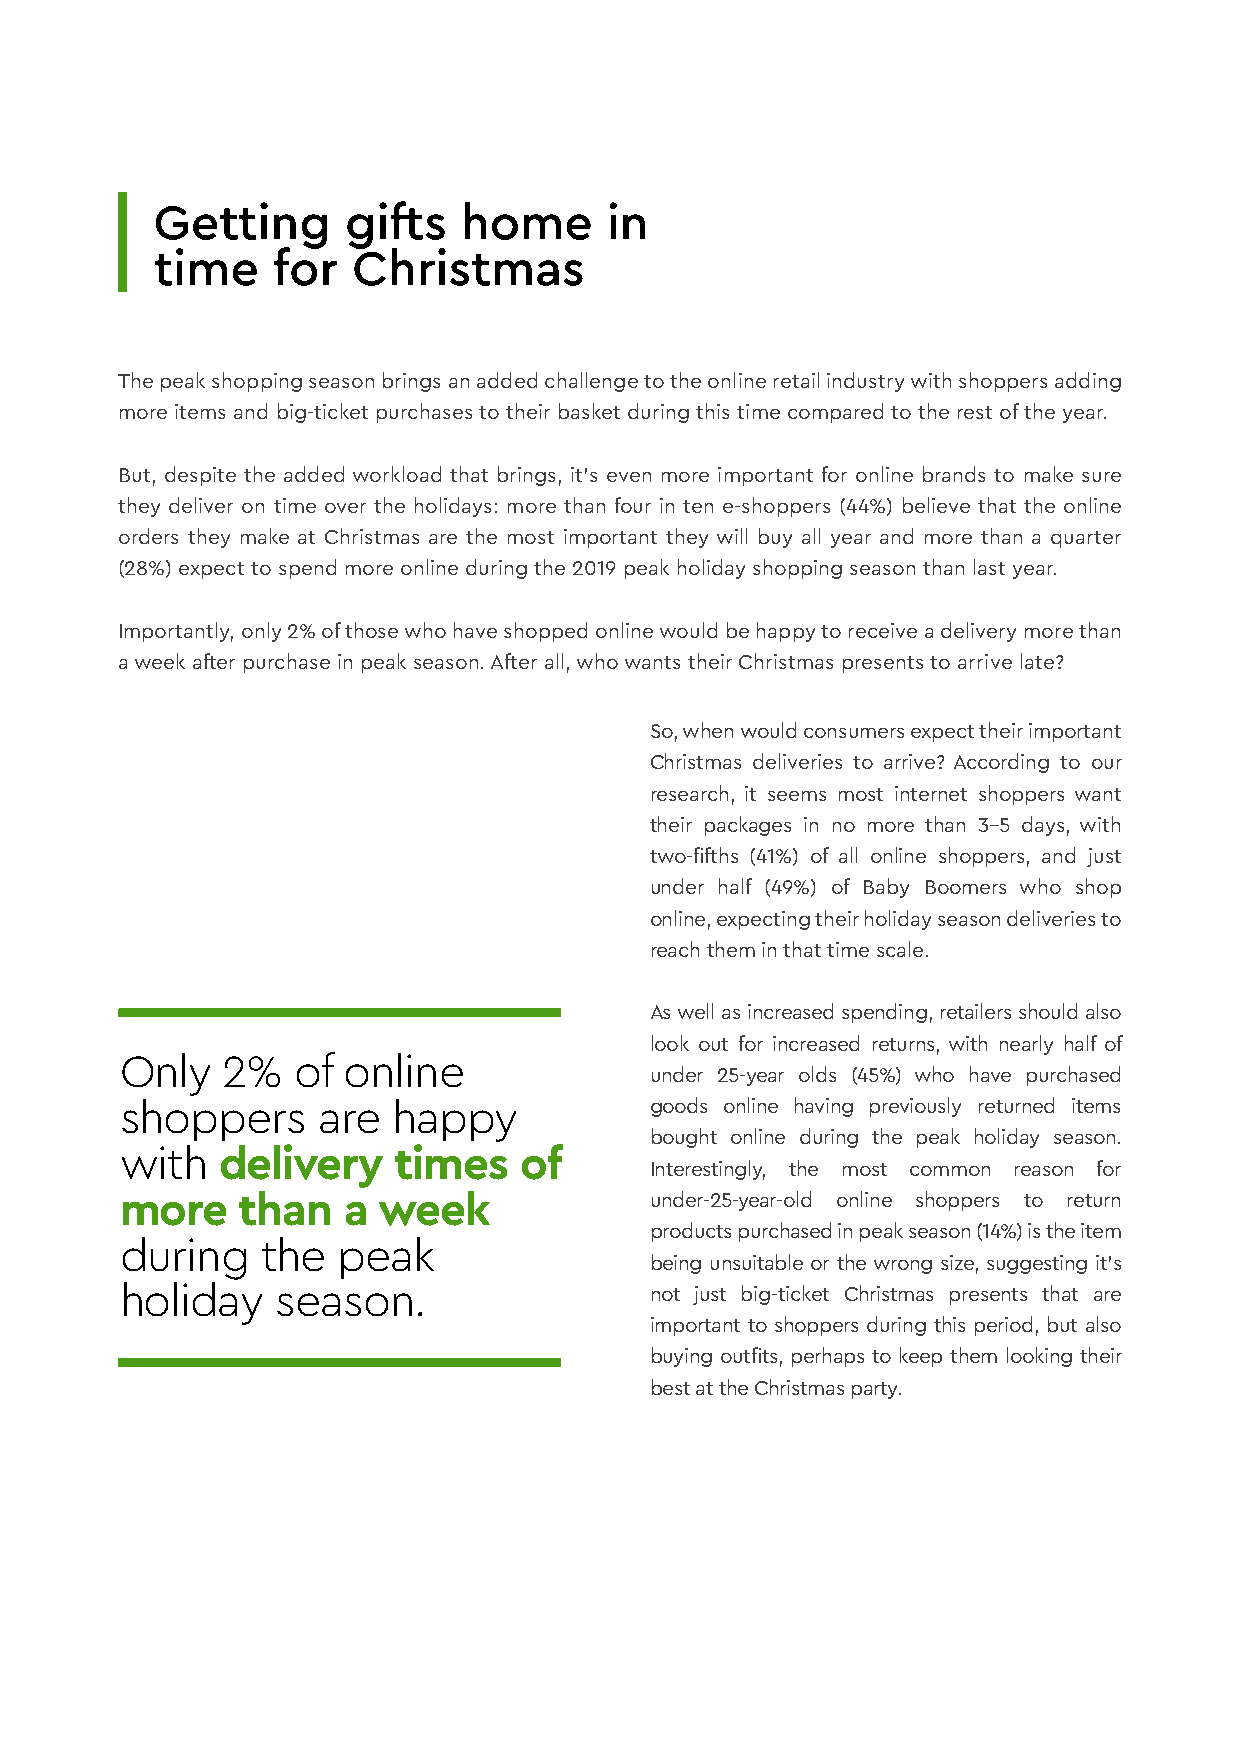
Getting      gifts   home     in
 time    for  Christmas
 The peak shopping season brings an added challenge to the online retail industry with shoppers adding
 more items and big-ticket purchases to their basket during this time compared to the rest of the year.
 But, despite the added workload that brings, it’s even more important for online brands to make sure
 they deliver on time over the holidays: more than four in ten e-shoppers (44%) believe that the online
 orders they make at Christmas are the most important they will buy all year and more than a quarter
 (28%) expect to spend more online during the 2019 peak holiday shopping season than last year.
 Importantly, only 2% of those who have shopped online would be happy to receive a delivery more than
 a week after purchase in peak season. After all, who wants their Christmas presents to arrive late?
 So, when would consumers expect their important
 Christmas deliveries to arrive? According to our
 research, it seems most internet shoppers want
 their packages in no more than 3–5 days, with
 two-fifths (41%) of all online shoppers, and just
 under half (49%) of Baby Boomers who shop
 online, expecting their holiday season deliveries to
 reach them in that time scale.
 As well as increased spending, retailers should also
 look out for increased returns, with nearly half of
 Only   2%   of online
 under 25-year olds (45%) who have purchased
 shoppers     are  happy            goods online having previously returned items
 bought online during the peak holiday season.
 with  delivery    times   of
 Interestingly, the most common reason for
 more    than   a week              under-25-year-old online shoppers to return
 products purchased in peak season (14%) is the item
 during   the  peak
 being unsuitable or the wrong size, suggesting it’s
 holiday   season.                  not just big-ticket Christmas presents that are
 important to shoppers during this period, but also
 buying outfits, perhaps to keep them looking their
 best at the Christmas party.